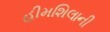
હીમશિલાની